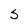
Character: S